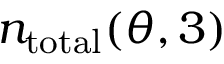
n _ { \mathrm { t o t a l } } ( \theta , 3 )